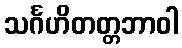
သင်္ဂဟိတတ္တဘာဝါ